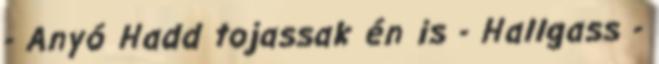
- Anyó Hadd tojassak én is - Hallgass -